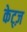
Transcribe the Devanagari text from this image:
केट्ज़